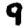
Digit: 9